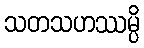
သတသဟဿမ္ပိ